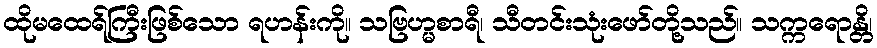
ထိုမထေရ်ကြီးဖြစ်သော ရဟန်းကို။ သဗြဟ္မစာရီ၊ သီတင်းသုံးဖော်တို့သည်။ သက္ကရောန္တိ၊